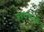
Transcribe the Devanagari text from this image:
बहरापनके